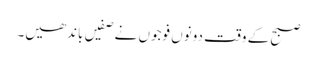
صبح کے وقت دونوں فوجوں نے صفیں باندھیں۔